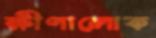
ক্ষীণালোক